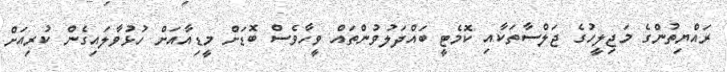
ރައްޔިތުންގެ މަޖިލީހުގެ ޖަލްސާތަކާއި ކޮމެޓީ ބައްދަލުވުންތައް ވީހާވެސް ބޮޑަށް މީޑިއާއަށް ހުޅުވާލައިގެން ކުރިއަށް